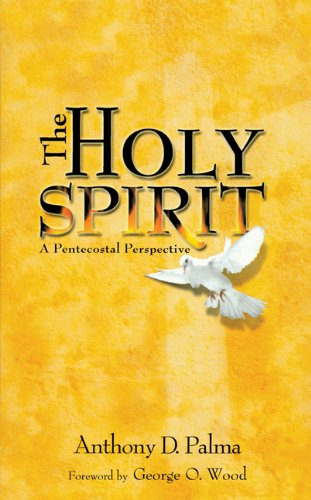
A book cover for The Holy Spirit: A Pentecostal Perspective; Anthony D Palma; Christian Books & Bibles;